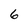
Character: 6